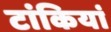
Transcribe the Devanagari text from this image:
टांकियां